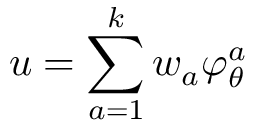
u = \sum _ { a = 1 } ^ { k } w _ { a } \varphi _ { \theta } ^ { a }